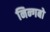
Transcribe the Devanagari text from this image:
निन्गबो